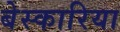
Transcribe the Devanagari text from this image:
बेस्कारिया